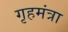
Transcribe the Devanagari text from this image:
गृहमंत्रा